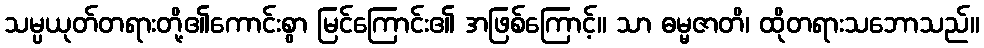
သမ္ပယုတ်တရားတို့၏ကောင်းစွာ မြင်ကြောင်း၏ အဖြစ်ကြောင့်။ သာ ဓမ္မဇာတိ၊ ထိုတရားသဘောသည်။